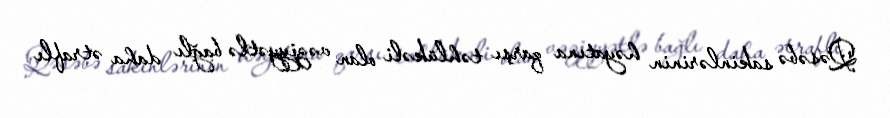
Qəsəbə sakinlərinin həyatına qarşı təhlükəli olan vəziyyətlə bağlı daha ətraflı